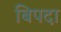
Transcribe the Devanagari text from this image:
बिपदा